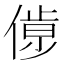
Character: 𠌹